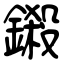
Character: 鎩